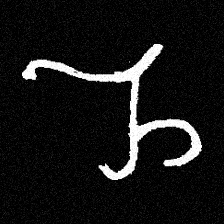
Pyu character \u2014 Myanmar letter: ည (romanized: nya)